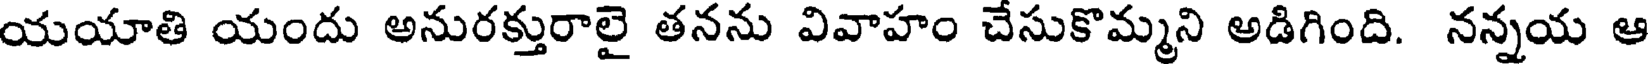
యయాతి యందు అనురక్తురాలై తనను వివాహం చేసుకొమ్మని అడిగింది. నన్నయ ఆ